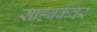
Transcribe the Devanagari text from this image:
साहबकंवर